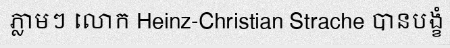
ភ្លាមៗ លោក Heinz-Christian Strache បានបង្ខំ